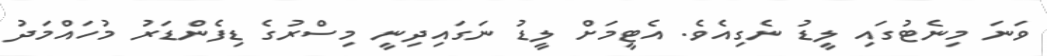
ވަނަ މިނެޓުގައި ލީޑު ނެގިއެވެ. އެޓީމަށް ލީޑު ނަގައިދިނީ މިސްރުގެ ޑިފެންޑަރު މުހައްމަދު